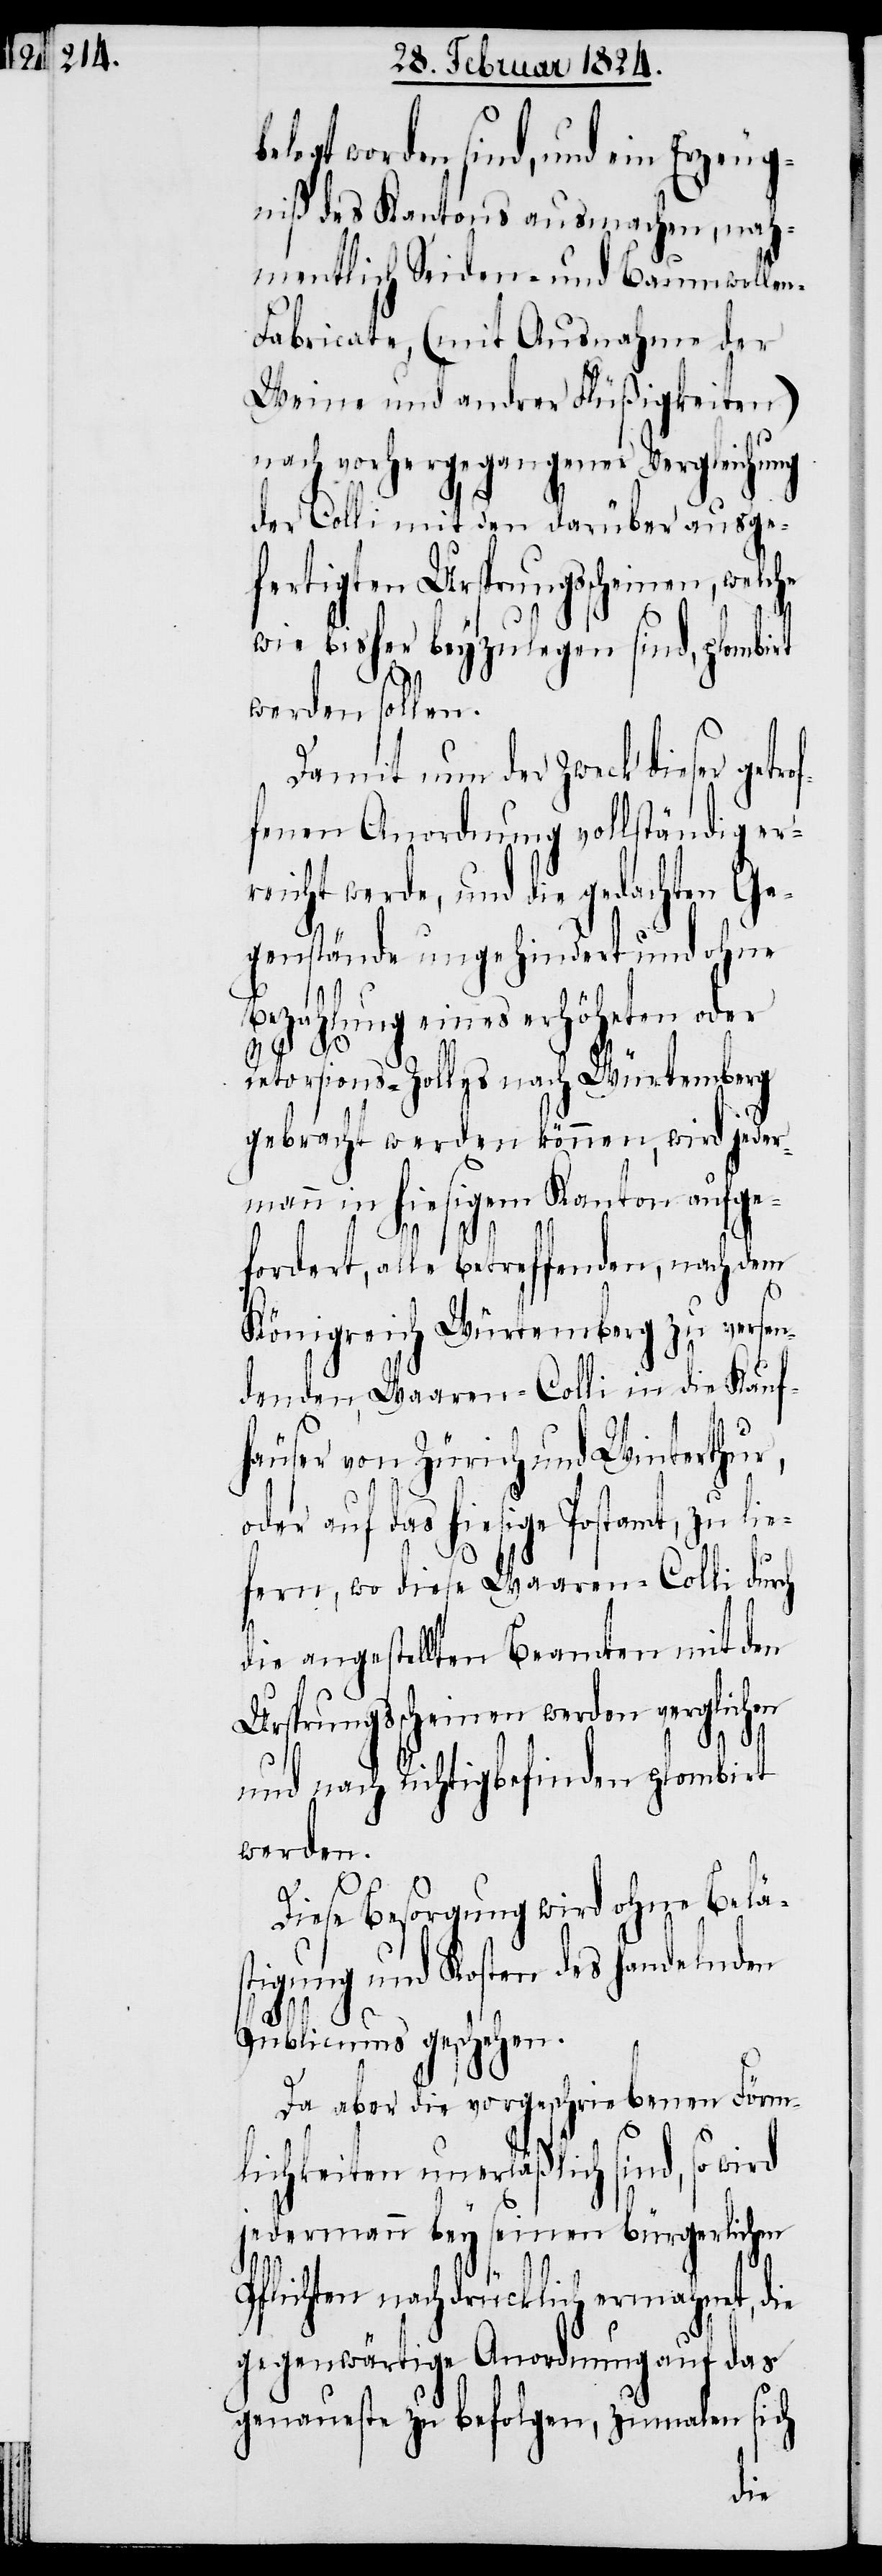
trof¬

legt worden sind, und ein Erzeug¬
niß des Kantons ausmachen, nah¬
mentlich Seiden- und Baumwolle¬
abricate, (mit Ausnahme der
Weine und andrer Flüßigkeiten)
nach vorhergegangener Vergleichu¬
der Colli mit den darüber ausge¬
fertigten Ursprungsscheinen, welche
wie bisher beyzulegen sind, plombirt
werden sollen.
Damit nun der Zweck dieser ge¬
fenen Anordnung vollständig er¬
reicht werde, und die gedachten Ge¬
genstände ungehindert und ohne
Bezahlung eines erhöheten oder
Retorsions-Zolles nach Würtemberg
gebracht werden können, wird jeder¬
mann in hiesigem Kanton aufge¬
fordert, alle betreffenden, nach dem
Königreich Würtemberg zu versen¬
denden, Waaren-Colli in die Kauf¬
häuser von Zürich und Winterthur,
oder auf das hiesige Postamt, zu lie¬
fern, wo diese Waaren-Colli durch
die angestellten Beamten mit den
Ursprungsscheinen werden verglichen
und nach Richtigbefinden plombirt
werden.
Diese Besorgung wird ohne Beläs¬
tigung und Kosten des handelnden
Publicums geschehen.
Da aber die vorgeschriebenen Förm¬
lichkeiten unerläßlich sind, so wird
jedermann bey seinen bürgerlichen
Pflichten nachdrücklich ermahnet, die
gegenwärtige Anordnung auf das
genaueste zu befolgen, zumalen sich